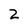
Character: 2